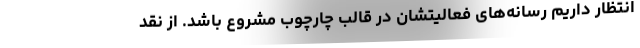
انتظار داریم رسانه‌های فعالیتشان در قالب چارچوب مشروع باشد. از نقد